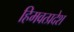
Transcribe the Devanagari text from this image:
हिमवत्प्रदेश